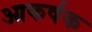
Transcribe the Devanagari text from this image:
आकर्षक